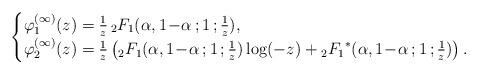
LaTeX: \begin{align*}\begin{cases} \varphi^{(\infty)}_1(z) = \frac{1}{z} \,{}_2F_1(\alpha, 1\!-\!\alpha\,; 1 \,; \frac{1}{z}),\\ \varphi^{(\infty)}_2(z) = \frac{1}{z} \left({}_2F_1(\alpha, 1\!-\!\alpha\,; 1 \,; \frac{1}{z}) \log(-z)+ {{}_2F_1}^*(\alpha, 1\!-\!\alpha\,; 1 \,; \frac{1}{z})\right).\end{cases}\end{align*}